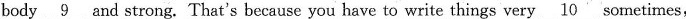
body \underline{9} and strong. That's because you have to write things very \underline{10} sometimes,